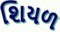
શિયળ